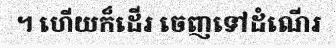
។ ហើយក៏ដើរ ចេញទៅដំណើរ